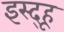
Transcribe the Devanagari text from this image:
इस्द्हू